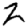
Digit: 2